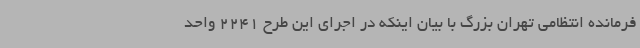
فرمانده انتظامی تهران بزرگ با بیان اینکه در اجرای این طرح 2241 واحد